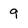
Character: 9